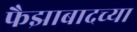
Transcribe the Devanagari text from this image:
फैझाबादच्या